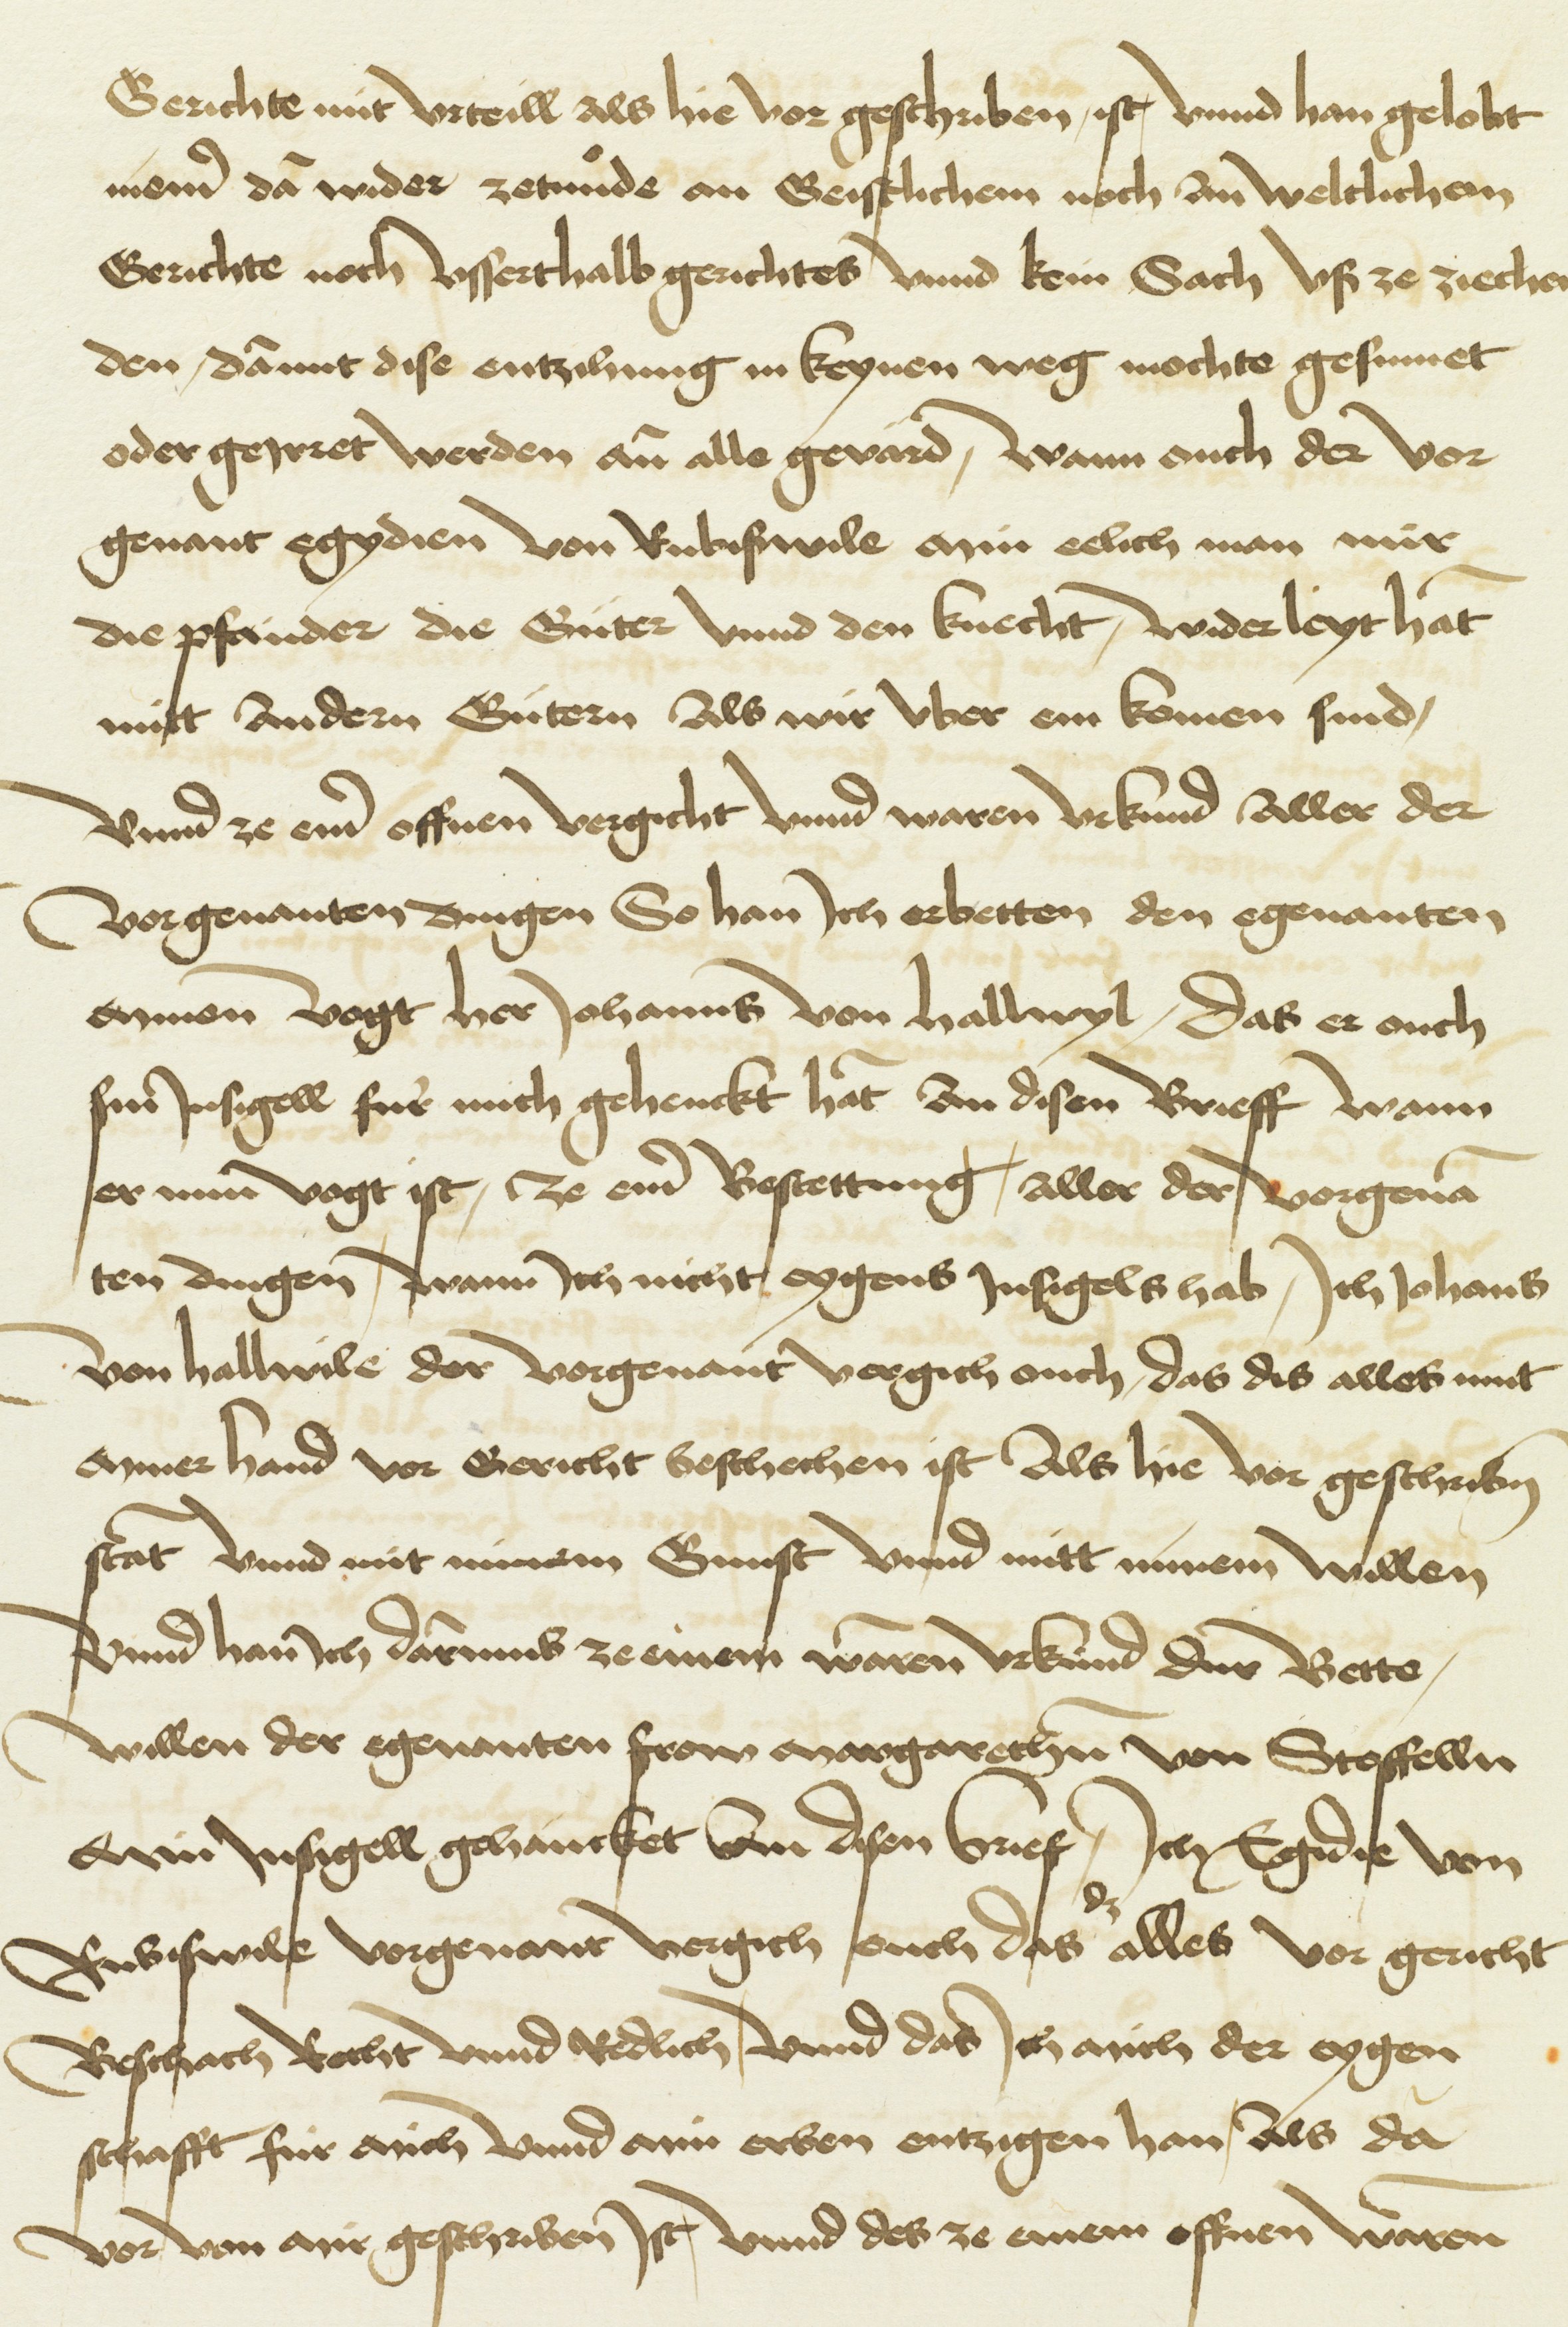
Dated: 1480–1528